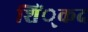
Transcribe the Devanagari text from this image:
शिं्कद